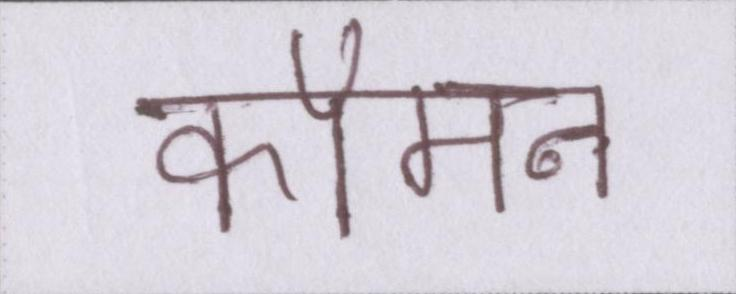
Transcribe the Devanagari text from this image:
कॉमन